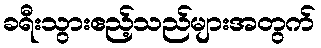
ခရီးသွားဧည့်သည်များအတွက်